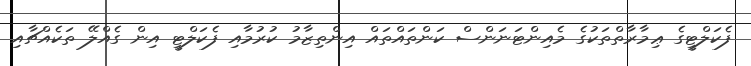
ފެކަލްޓީގެ ޢިމާރާތްތަކުގެ މެއިންޓަނަންސް ކަންތައްތައް އިންތިޒާމު ކުރުމާއި ފެކަލްޓީ އިން ގެއްލޭ ތަކެއްޗާއި